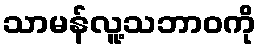
သာမန်လူ့သဘာဝကို